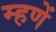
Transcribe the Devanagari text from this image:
म्हणें